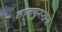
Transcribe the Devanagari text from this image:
लालपुरराय